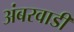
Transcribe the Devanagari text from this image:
अंबरवाडी